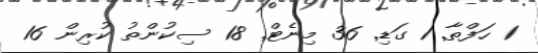
1 ހަފްތާ